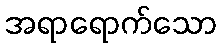
အရာရောက်သော